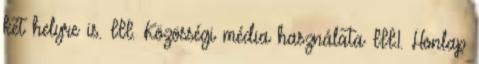
két helyre is. III. Közösségi média használata III.1. Honlap